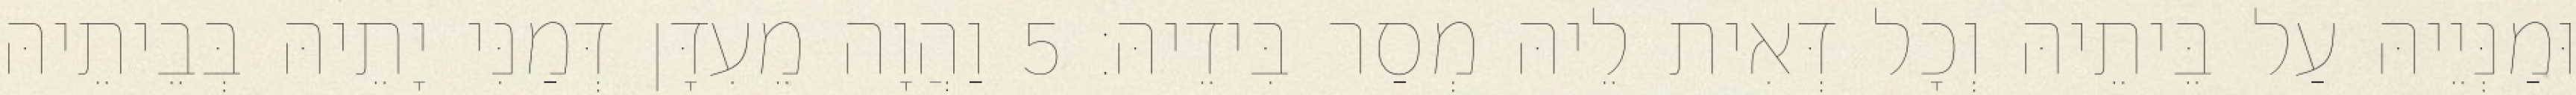
וּמַנְּיֵיהּ עַל בֵּיתֵיהּ וְכָל דְּאִית לֵיהּ מְסַר בִּידֵיהּ׃ 5 וַהֲוָה מֵעִדָּן דְּמַנִּי יָתֵיהּ בְּבֵיתֵיהּ